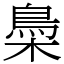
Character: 䲷